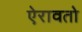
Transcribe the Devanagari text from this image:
ऐरावतो